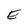
Character: E